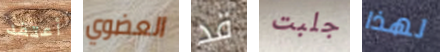
أعتقد العضوي قد جلبت لهذا